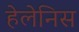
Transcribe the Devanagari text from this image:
हेलेनिस